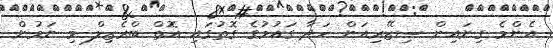
އެންމެ ގިނައިން ސިޒޭރިއަން ހަދާ ގައުމުގެ ގޮތުގައި އޮތް ބްރެޒިލް މި ނަމުން